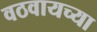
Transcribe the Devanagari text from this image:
वठवायच्या